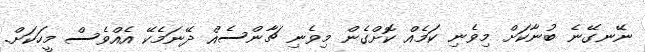
ނޭނގޭނެ ބުނާކަށް މިވެނި ކަމެއް ކޮށްގެން މިވެނި ޗާންސެއް ދޭނަމެކޭ އެއްވެސް މީހަކަށް.